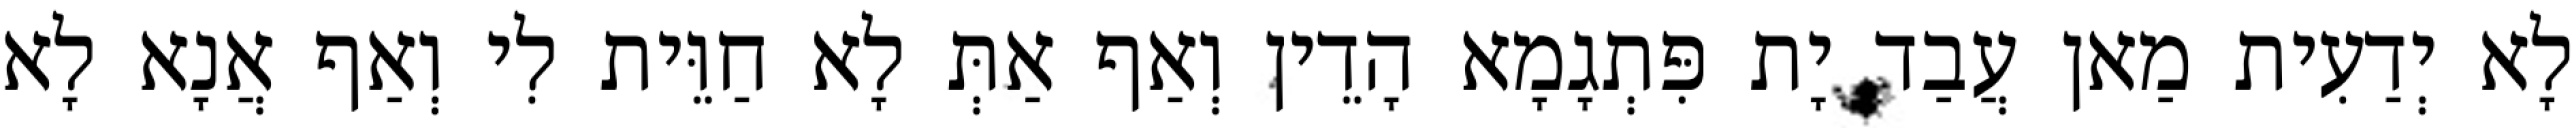
לָא יְדַעִית מַאן עֲבַד יָת פִּתְגָמָא הָדֵין וְאַף אַתְּ לָא חַוֵּית לִי וְאַף אֲנָא לָא